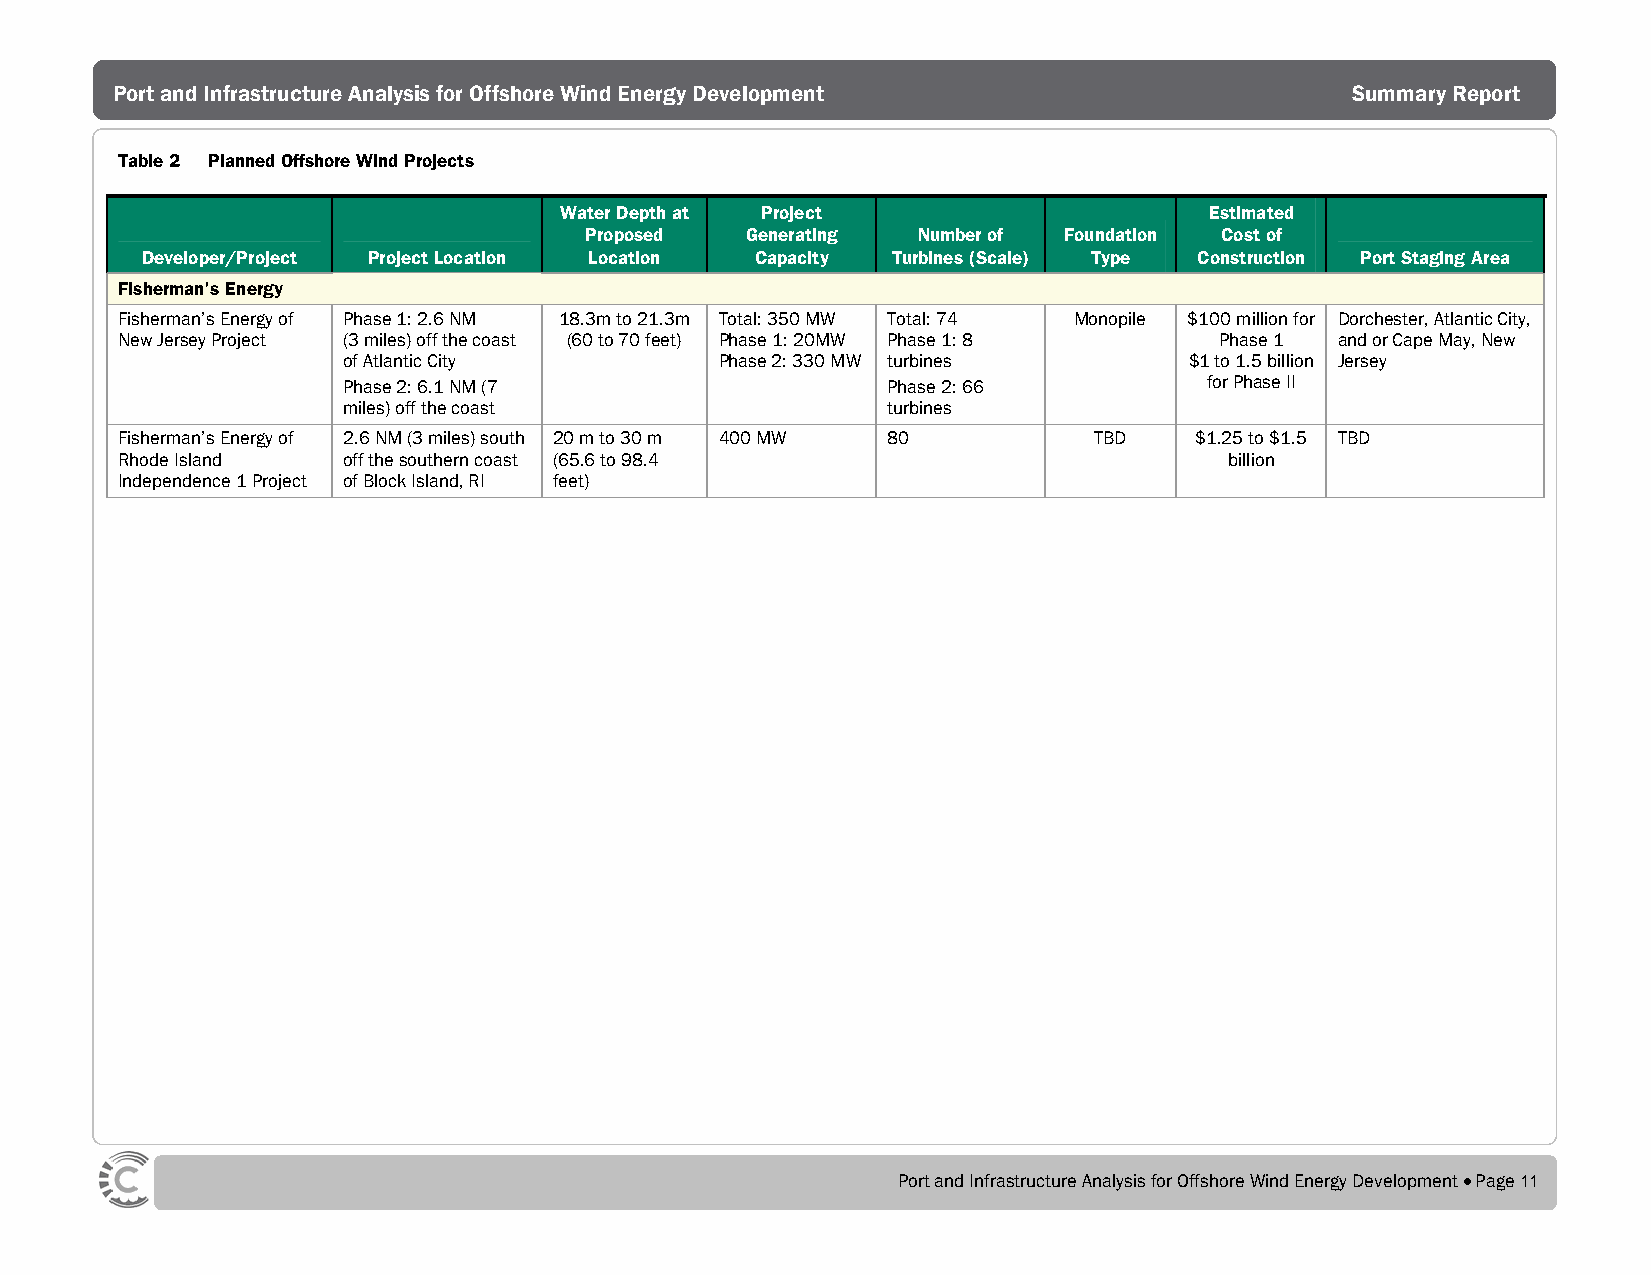
Port and Infrastructure Analysis for Offshore Wind Energy Development             Summary Report
 Table 2 Planned Offshore Wind Projects
 Water Depth at Project                     Estimated
 Proposed  Generating  Number of Foundation Cost of
 Developer/Project Project Location Location Capacity Turbines (Scale) Type Construction Port Staging Area
 Fisherman’s Energy
 Fisherman’s Energy of Phase 1: 2.6 NM 18.3m to 21.3m Total: 350 MW Total: 74 Monopile $100 million for Dorchester, Atlantic City,
 New Jersey Project (3 miles) off the coast (60 to 70 feet) Phase 1: 20MW Phase 1: 8 Phase 1 and or Cape May, New
 of Atlantic City         Phase 2: 330 MW turbines       $1 to 1.5 billion Jersey
 Phase 2: 6.1 NM (7                  Phase 2: 66          for Phase II
 miles) off the coast                turbines
 Fisherman’s Energy of 2.6 NM (3 miles) south 20 m to 30 m 400 MW 80 TBD $1.25 to $1.5 TBD
 Rhode Island   off the southern coast (65.6 to 98.4                      billion
 Independence 1 Project of Block Island, RI feet)
 Port and Infrastructure Analysis for Offshore Wind Energy Development • Page 11